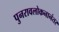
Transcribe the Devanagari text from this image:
पुनरावलोकनानंतर